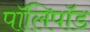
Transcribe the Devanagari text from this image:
पॉलिपॉड